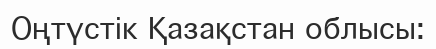
Оңтүстік Қазақстан облысы: